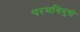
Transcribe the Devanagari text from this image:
परमविदुषो